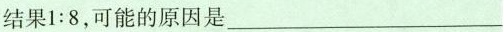
结果$$1 : 8$$，可能的原因是___